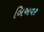
બિઅવર